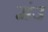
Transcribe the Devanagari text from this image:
मंउ